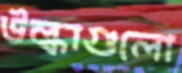
উল্কাগুলো